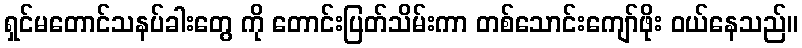
ရှင်မတောင်သနပ်ခါးတွေ ကို တောင်းပြတ်သိမ်းကာ တစ်သောင်းကျော်ဖိုး ဝယ်နေသည်။